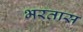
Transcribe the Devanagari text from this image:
भरतास